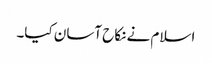
اسلام نے نکاح آسان کیا۔